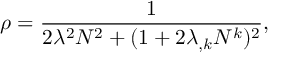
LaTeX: \rho = \frac { 1 } { 2 \lambda ^ { 2 } N ^ { 2 } + ( 1 + 2 \lambda _ { , k } N ^ { k } ) ^ { 2 } } ,